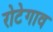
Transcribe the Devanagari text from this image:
रोटेगाव